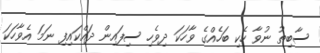
ސާބިތު ނުވާ ހެކި ބަހެއްގެ ވާހަކަ ދިވެހި ސިފައިން ދައްކައިފި ނަމަ އެވާހަކަ